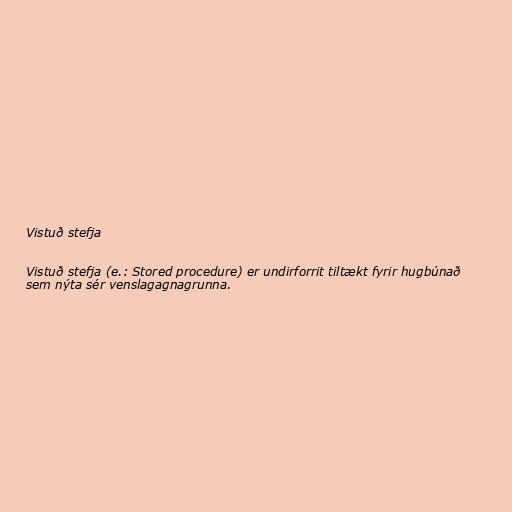
Vistuð stefja

Vistuð stefja (e.: Stored procedure) er undirforrit tiltækt fyrir hugbúnað
sem nýta sér venslagagnagrunna.